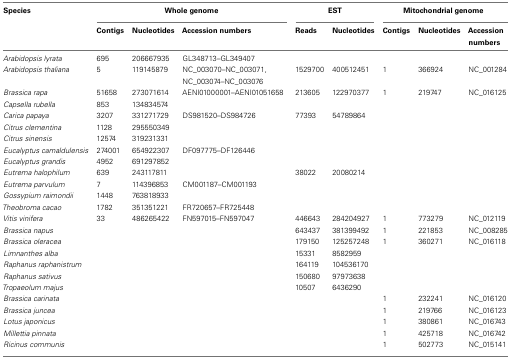
<table><thead><tr><td><b>Species</b></td><td colspan="3"><b>Whole genome</b></td><td colspan="2"><b>EST</b></td><td colspan="3"><b>Mitochondrial genome</b></td></tr><tr><td></td><td><b>Contigs</b></td><td><b>Nucleotides</b></td><td><b>Accession numbers</b></td><td><b>Reads</b></td><td><b>Nucleotides</b></td><td><b>Contigs</b></td><td><b>Nucleotides</b></td><td><b>Accession numbers</b></td></tr></thead><tbody><tr><td><i>Arabidopsis lyrata</i></td><td>695</td><td>206667935</td><td>GL348713–GL349407</td><td></td><td></td><td></td><td></td><td></td></tr><tr><td><i>Arabidopsis thaliana</i></td><td>5</td><td>119145879</td><td>NC_003070–NC_003071, NC_003074–NC_003076</td><td>1529700</td><td>400512451</td><td>1</td><td>366924</td><td>NC_001284</td></tr><tr><td><i>Brassica rapa</i></td><td>51658</td><td>273071614</td><td>AENI01000001–AENI01051658</td><td>213605</td><td>122970377</td><td>1</td><td>219747</td><td>NC_016125</td></tr><tr><td><i>Capsella rubella</i></td><td>853</td><td>134834574</td><td></td><td></td><td></td><td></td><td></td><td></td></tr><tr><td><i>Carica papaya</i></td><td>3207</td><td>331271729</td><td>DS981520–DS984726</td><td>77393</td><td>54789864</td><td></td><td></td><td></td></tr><tr><td><i>Citrus clementina</i></td><td>1128</td><td>295550349</td><td></td><td></td><td></td><td></td><td></td><td></td></tr><tr><td><i>Citrus sinensis</i></td><td>12574</td><td>319231331</td><td></td><td></td><td></td><td></td><td></td><td></td></tr><tr><td><i>Eucalyptus camaldulensis</i></td><td>274001</td><td>654922307</td><td>DF097775–DF126446</td><td></td><td></td><td></td><td></td><td></td></tr><tr><td><i>Eucalyptus grandis</i></td><td>4952</td><td>691297852</td><td></td><td></td><td></td><td></td><td></td><td></td></tr><tr><td><i>Eutrema halophilum</i></td><td>639</td><td>243117811</td><td></td><td>38022</td><td>20080214</td><td></td><td></td><td></td></tr><tr><td><i>Eutrema parvulum</i></td><td>7</td><td>114396853</td><td>CM001187–CM001193</td><td></td><td></td><td></td><td></td><td></td></tr><tr><td><i>Gossypium raimondii</i></td><td>1448</td><td>763818933</td><td></td><td></td><td></td><td></td><td></td><td></td></tr><tr><td><i>Theobroma cacao</i></td><td>1782</td><td>351351221</td><td>FR720657–FR725448</td><td></td><td></td><td></td><td></td><td></td></tr><tr><td><i>Vitis vinifera</i></td><td>33</td><td>486265422</td><td>FN597015–FN597047</td><td>446643</td><td>284204927</td><td>1</td><td>773279</td><td>NC_012119</td></tr><tr><td><i>Brassica napus</i></td><td></td><td></td><td></td><td>643437</td><td>381399492</td><td>1</td><td>221853</td><td>NC_008285</td></tr><tr><td><i>Brassica oleracea</i></td><td></td><td></td><td></td><td>179150</td><td>125257248</td><td>1</td><td>360271</td><td>NC_016118</td></tr><tr><td><i>Limnanthes alba</i></td><td></td><td></td><td></td><td>15331</td><td>8582959</td><td></td><td></td><td></td></tr><tr><td><i>Raphanus raphanistrum</i></td><td></td><td></td><td></td><td>164119</td><td>104536170</td><td></td><td></td><td></td></tr><tr><td><i>Raphanus sativus</i></td><td></td><td></td><td></td><td>150680</td><td>97973638</td><td></td><td></td><td></td></tr><tr><td><i>Tropaeolum majus</i></td><td></td><td></td><td></td><td>10507</td><td>6436290</td><td></td><td></td><td></td></tr><tr><td><i>Brassica carinata</i></td><td></td><td></td><td></td><td></td><td></td><td>1</td><td>232241</td><td>NC_016120</td></tr><tr><td><i>Brassica juncea</i></td><td></td><td></td><td></td><td></td><td></td><td>1</td><td>219766</td><td>NC_016123</td></tr><tr><td><i>Lotus japonicus</i></td><td></td><td></td><td></td><td></td><td></td><td>1</td><td>380861</td><td>NC_016743</td></tr><tr><td><i>Millettia pinnata</i></td><td></td><td></td><td></td><td></td><td></td><td>1</td><td>425718</td><td>NC_016742</td></tr><tr><td><i>Ricinus communis</i></td><td></td><td></td><td></td><td></td><td></td><td>1</td><td>502773</td><td>NC_015141</td></tr></tbody></table>